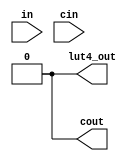
// This program was cloned from: https://github.com/chipsalliance/yosys-f4pga-plugins
// License: Apache License 2.0

// Copyright 2020-2022 F4PGA Authors
//
// Licensed under the Apache License, Version 2.0 (the "License");
// you may not use this file except in compliance with the License.
// You may obtain a copy of the License at
//
//     http://www.apache.org/licenses/LICENSE-2.0
//
// Unless required by applicable law or agreed to in writing, software
// distributed under the License is distributed on an "AS IS" BASIS,
// WITHOUT WARRANTIES OR CONDITIONS OF ANY KIND, either express or implied.
// See the License for the specific language governing permissions and
// limitations under the License.
//
// SPDX-License-Identifier: Apache-2.0

(* abc9_box, lib_whitebox *)
module adder_lut4(
   output lut4_out,
   (* abc9_carry *)
   output cout,
   input [0:3] in,
   (* abc9_carry *)
   input cin
);
    parameter [0:15] LUT=0;
    parameter IN2_IS_CIN = 0;

    wire [0:3] li = (IN2_IS_CIN) ? {in[0], in[1], cin, in[3]} : {in[0], in[1], in[2], in[3]};

    // Output function
    wire [0:7] s1 = li[0] ?
        {LUT[0], LUT[2], LUT[4], LUT[6], LUT[8], LUT[10], LUT[12], LUT[14]}:
        {LUT[1], LUT[3], LUT[5], LUT[7], LUT[9], LUT[11], LUT[13], LUT[15]};

    wire [0:3] s2 = li[1] ? {s1[0], s1[2], s1[4], s1[6]} : 
                            {s1[1], s1[3], s1[5], s1[7]};

    wire [0:1] s3 = li[2] ? {s2[0], s2[2]} : {s2[1], s2[3]};

    assign lut4_out = li[3] ? s3[0] : s3[1];
    
    // Carry out function
    assign cout = (s2[2]) ? cin : s2[3];
endmodule

(* abc9_lut=1, lib_whitebox *)
module frac_lut4(
   input [0:3] in,
   output [0:1] lut2_out,
   output lut4_out
);
    parameter [0:15] LUT = 0;
    
    // Effective LUT input
    wire [0:3] li = in;

    // Output function
    wire [0:7] s1 = li[0] ?
        {LUT[0], LUT[2], LUT[4], LUT[6], LUT[8], LUT[10], LUT[12], LUT[14]}:
        {LUT[1], LUT[3], LUT[5], LUT[7], LUT[9], LUT[11], LUT[13], LUT[15]};

    wire [0:3] s2 = li[1] ? {s1[0], s1[2], s1[4], s1[6]} : 
                            {s1[1], s1[3], s1[5], s1[7]};

    wire [0:1] s3 = li[2] ? {s2[0], s2[2]} : {s2[1], s2[3]};

    assign lut2_out[0] = s2[2];
    assign lut2_out[1] = s2[3];

    assign  lut4_out = li[3] ? s3[0] : s3[1];

endmodule

(* abc9_flop, lib_whitebox *)
module scff(
    output reg Q,
    input D,
    input clk
);
    parameter [0:0] INIT = 1'b0;
    initial Q = INIT;

    always @(posedge clk)
        Q <= D;
endmodule

(* abc9_flop, lib_whitebox *)
module dff(
    output reg Q,
    input D,
    (* clkbuf_sink *)
    input C
);
    parameter [0:0] INIT = 1'b0;
    initial Q = INIT;

    always @(posedge C)
            Q <= D;
endmodule

(* abc9_flop, lib_whitebox *)
module dffr(
    output reg Q,
    input D,
    (* clkbuf_sink *)
    input C,
    input R
);
    parameter [0:0] INIT = 1'b0;
    initial Q = INIT;

    always @(posedge C or negedge R)
        if (!R)
            Q <= 1'b0;
        else 
            Q <= D;
endmodule

(* abc9_flop, lib_whitebox *)
module sh_dff(
    output reg Q,
    input D,
    (* clkbuf_sink *)
    input C
);
    parameter [0:0] INIT = 1'b0;
    initial Q = INIT;

    always @(posedge C)
            Q <= D;
endmodule

(* abc9_flop, lib_whitebox *)
module dffs(
    output reg Q,
    input D,
    (* clkbuf_sink *)
    input C,
    input S
);
    parameter [0:0] INIT = 1'b0;
    initial Q = INIT;

    always @(posedge C or negedge S)
        if (!S)
            Q <= 1'b1;
        else
            Q <= D;
endmodule

(* abc9_flop, lib_whitebox *)
module dffn(
    output reg Q,
    input D,
    (* clkbuf_sink *)
    input C
);
    parameter [0:0] INIT = 1'b0;
    initial Q = INIT;

    always @(negedge C)
            Q <= D;
endmodule

(* abc9_flop, lib_whitebox *)
module dffnr(
    output reg Q,
    input D,
    (* clkbuf_sink *)
    input C,
    input R
);
    parameter [0:0] INIT = 1'b0;
    initial Q = INIT;

    always @(negedge C or negedge R)
        if (!R)
            Q <= 1'b0;
        else 
            Q <= D;
endmodule

(* abc9_flop, lib_whitebox *)
module dffns(
    output reg Q,
    input D,
    (* clkbuf_sink *)
    input C,
    input S
);
    parameter [0:0] INIT = 1'b0;
    initial Q = INIT;

    always @(negedge C or negedge S)
        if (!S)
            Q <= 1'b1;
        else
            Q <= D;
endmodule

(* abc9_flop, lib_whitebox *)
module dffsr(
    output reg Q,
    input D,
    (* clkbuf_sink *)
    input C,
    input R,
    input S
);
    parameter [0:0] INIT = 1'b0;
    initial Q = INIT;

    always @(posedge C or negedge S or negedge R)
        if (!S)
            Q <= 1'b1;
        else if (!R)
            Q <= 1'b0;
        else
            Q <= D;
endmodule

(* abc9_flop, lib_whitebox *)
module dffnsr(
    output reg Q,
    input D,
    (* clkbuf_sink *)
    input C,
    input R,
    input S
);
    parameter [0:0] INIT = 1'b0;
    initial Q = INIT;

    always @(negedge C or negedge S or negedge R)
        if (!S)
            Q <= 1'b1;
        else if (!R)
            Q <= 1'b0;
        else
            Q <= D;
endmodule